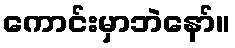
ကောင်းမှာဘဲနော်။